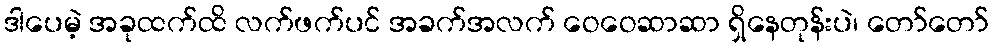
ဒါပေမဲ့ အခုထက်ထိ လက်ဖက်ပင် အခက်အလက် ဝေဝေဆာဆာ ရှိနေတုန်းပဲ၊ တော်တော်